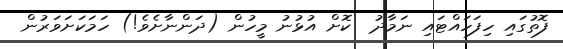
ފޮތުގައި ހިފަހައްޓައި ނަމާދު  ކޮށް އުޅުނު މީހުން (ދަންނާށެވެ!) ހަމަކަށަވަރުން